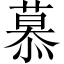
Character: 慕